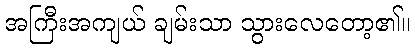
အကြီးအကျယ် ချမ်းသာ သွားလေတော့၏။